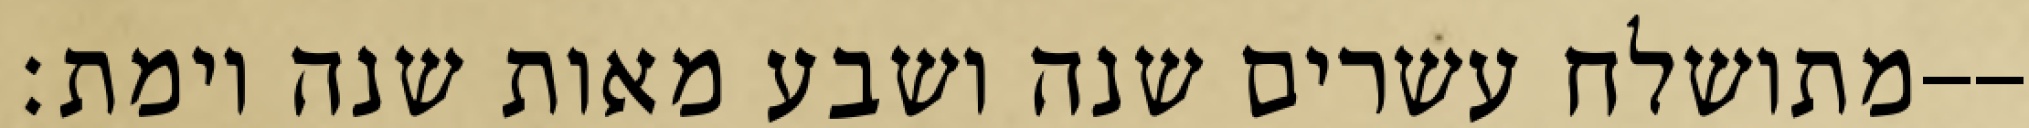
מתושלח עשרים שנה ושבע מאות שנה וימת׃--